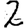
Digit: 2